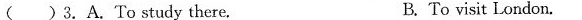
( )3.A.To study there. B. To visit London.